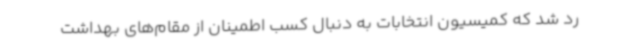
رد شد که کمیسیون انتخابات به دنبال کسب اطمینان از مقام‌های بهداشت